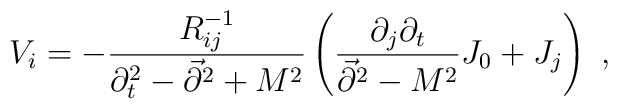
V_i=-{R^{-1}_{ij}\over \partial_t^2-\vec{\partial}^2+M^2}\left({\partial_j\partial_t\over \vec{\partial}^2-M^2}J_0+J_j\right)~,